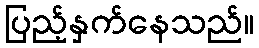
ပြည့်နှက်နေသည်။